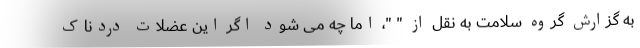
به گزارش گروه سلامت به نقل از " "، اما چه می شود اگر این عضلات دردناک